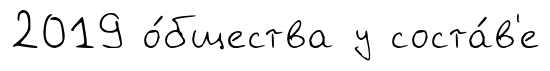
2019 о́бщества у соста́в'е